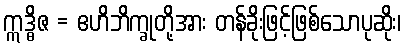
ဣဒ္ဓိဇ = ဧဟိဘိက္ခုတို့အား တန်ခိုးဖြင့်ဖြစ်သောပုဆိုး၊